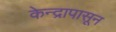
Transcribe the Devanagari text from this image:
केन्द्रापासून